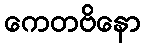
ကေတဗိနော